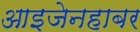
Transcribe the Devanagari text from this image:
आइजेनहाबर